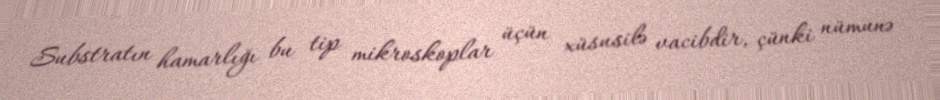
Substratın hamarlığı bu tip mikroskoplar üçün xüsusilə vacibdir, çünki nümunə